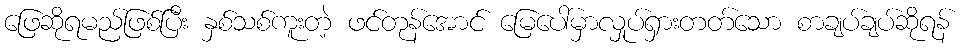
ဖြေဆိုရမည်ဖြစ်ပြီး နှစ်သစ်ကူးတဲ့ ဖင်တုန်အောင် မြေပေါ်မှာလှုပ်ရှားတတ်သော စာချပ်ချပ်ဆိုရန်